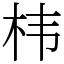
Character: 㭏